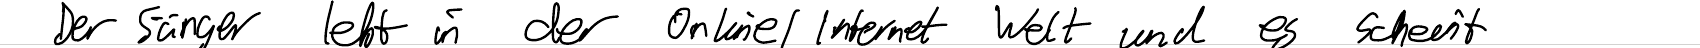
Der Sänger lebt in der Online / Internet Welt und es scheint